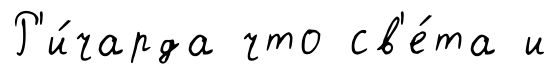
Р'и́чарда что св'е́та и